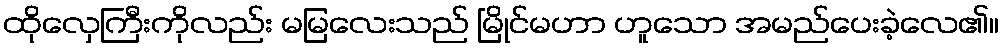
ထိုလှေကြီးကိုလည်း မမြလေးသည် မြိုင်မဟာ ဟူသော အမည်ပေးခဲ့လေ၏။